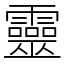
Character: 靈